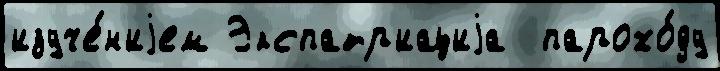
изуче́н'иjем Экспатр'иациjа  парохо́ду